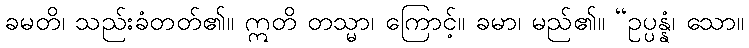
ခမတိ၊ သည်းခံတတ်၏။ ဣတိ တသ္မာ၊ ကြောင့်။ ခမာ၊ မည်၏။ “ဥပ္ပန္နံ၊ သော။